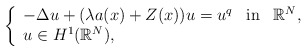
\begin{align*} \left\{ \begin{array}{ll} - \Delta u + (\lambda a(x)+Z(x))u = u^{q} \,\,\, \mbox{ in } \,\,\, \mathbb{R}^{N},\\u \in H^{1}(\mathbb{R}^{N}), \\\end{array}\right.\end{align*}